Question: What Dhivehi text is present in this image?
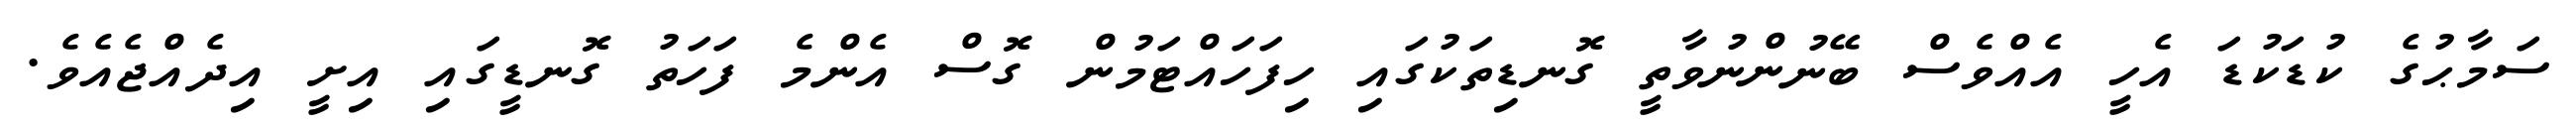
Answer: ސަމާޙުގެ ކުޑަކުޑަ އެހީ އެއްވެސް ބޭނުންނުވާތީ ގޮނޑިތަކުގައި ހިފަހައްޓަމުން ގޮސް އެންމެ ފަހަތު ގޮނޑީގައި އިށީ އިދެއްޖެއެވެ.